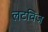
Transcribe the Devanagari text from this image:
लटविज